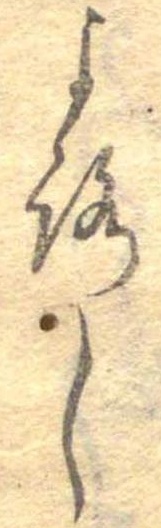
よろし